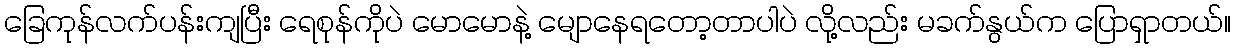
ခြေကုန်လက်ပန်းကျပြီး ရေစုန်ကိုပဲ မောမောနဲ့ မျောနေရတော့တာပါပဲ လို့လည်း မခက်နွယ်က ပြောရှာတယ်။